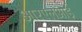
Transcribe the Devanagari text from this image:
आरएलआई